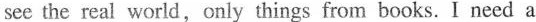
see the rea! world,only things from books. I need a